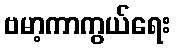
ဗမာ့ကာကွယ်ရေး